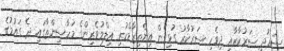
ސަޢުދީ ސަރުކާރާއި ދިވެހި ސަރުކާރު ގުޅިގެން އިންތިޒާމްކުރި އިލްމުވެރިންގެ މަހާސިންތާގައި ދެ ގައުމުގެ